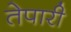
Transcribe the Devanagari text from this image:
तेपारी